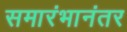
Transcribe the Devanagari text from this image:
समारंभानंतर